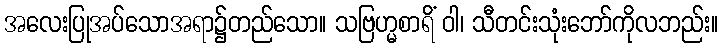
အလေးပြုအပ်သောအရာ၌တည်သော။ သဗြဟ္မစာရိံ ဝါ၊ သီတင်းသုံးဘော်ကိုလဘည်း။